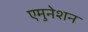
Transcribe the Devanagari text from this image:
एमुनेशन